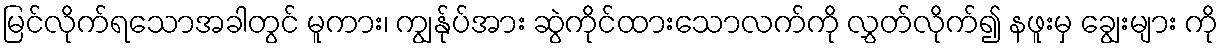
မြင်လိုက်ရသောအခါတွင် မူကား၊ ကျွန်ုပ်အား ဆွဲကိုင်ထားသောလက်ကို လွှတ်လိုက်၍ နဖူးမှ ချွေးများ ကို